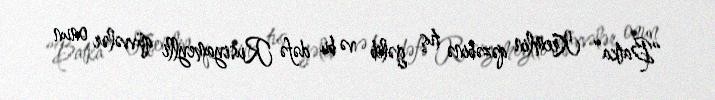
“Batka” Kremlin qəzəbinə tuş gəlib və bu dəfə Rusiyameylli qüvvələr onun